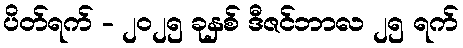
ပိတ်ရက် - ၂၀၂၅ ခုနှစ် ဒီဇင်ဘာလ ၂၅ ရက်